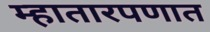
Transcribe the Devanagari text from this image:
म्हातारपणात